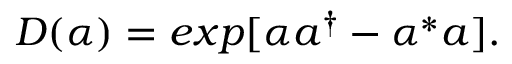
D ( \alpha ) = e x p [ \alpha a ^ { \dag } - \alpha ^ { * } a ] .